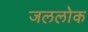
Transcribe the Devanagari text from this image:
जललोक